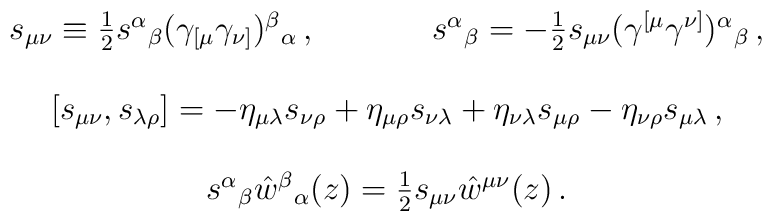
\begin{array}{cc}s_{\mu\nu}\equiv\textstyle{\frac{1}{2}}s^{\alpha}{}_{\beta}(\gamma_{[\mu}\gamma_{\nu]})^{\beta}{}_{\alpha}\,,~~~~&~~~~s^{\alpha}{}_{\beta}=-\textstyle{\frac{1}{2}}s_{\mu\nu}(\gamma^{[\mu}\gamma^{\nu]})^{\alpha}{}_{\beta}\,,\\{}&{}\\\multicolumn{2}{c}{[s_{\mu\nu},s_{\lambda\rho}]=-\eta_{\mu\lambda}s_{\nu\rho}+\eta_{\mu\rho}s_{\nu\lambda}+\eta_{\nu\lambda}s_{\mu\rho}-\eta_{\nu\rho}s_{\mu\lambda}\,,}\\{}&{}\\\multicolumn{2}{c}{s^{\alpha}{}_{\beta}\hat{w}^{\beta}{}_{\alpha}(z)=\textstyle{\frac{1}{2}}s_{\mu\nu}\hat{w}^{\mu\nu}(z)\,.}\end{array}